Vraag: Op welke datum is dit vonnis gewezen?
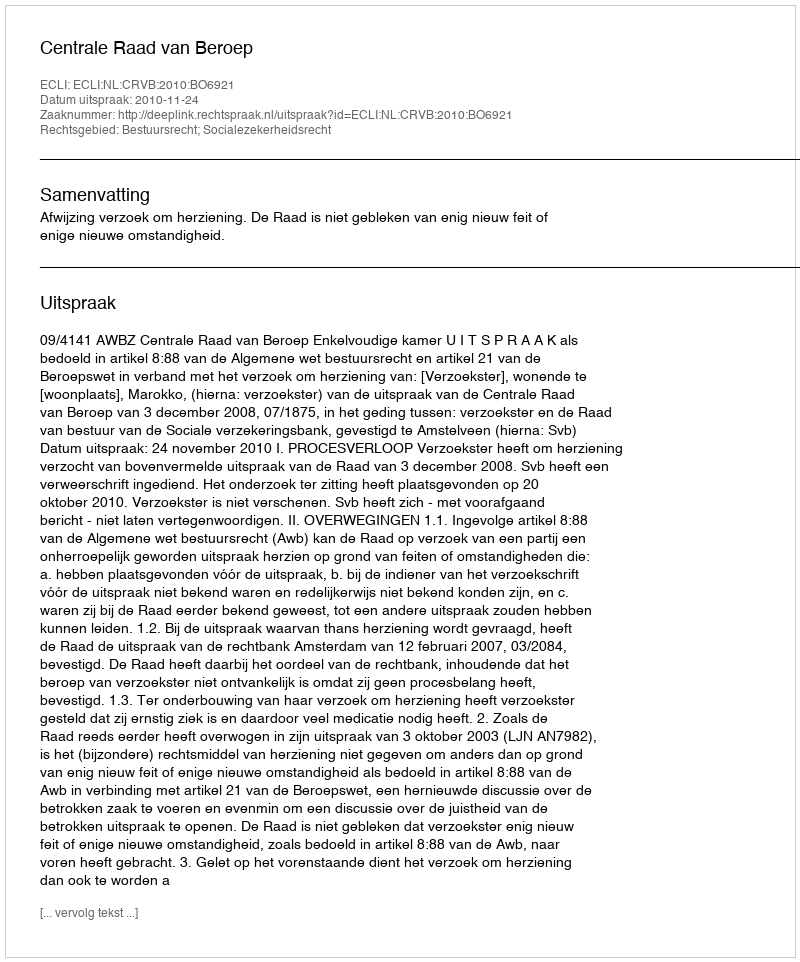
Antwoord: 2010-11-24